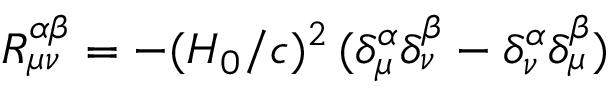
R _ { \mu \nu } ^ { \alpha \beta } = - ( H _ { 0 } / c ) ^ { 2 } \, ( \delta _ { \mu } ^ { \alpha } \delta _ { \nu } ^ { \beta } - \delta _ { \nu } ^ { \alpha } \delta _ { \mu } ^ { \beta } )